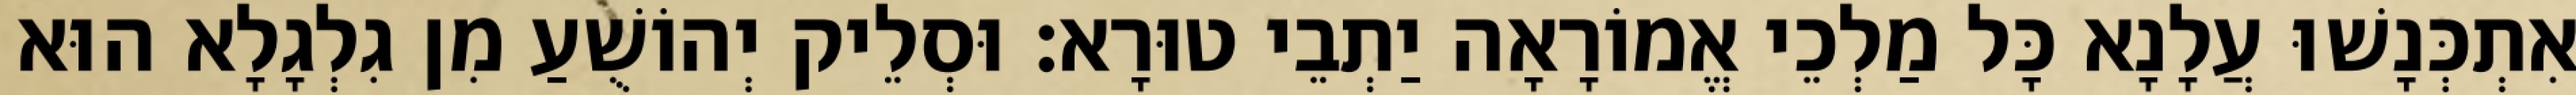
אִתְכְּנָשׁוּ עֲלָנָא כָּל מַלְכֵי אֱמוֹרָאָה יַתְבֵי טוּרָא׃ וּסְלֵיק יְהוֹשֻׁעַ מִן גִלְגָלָא הוּא